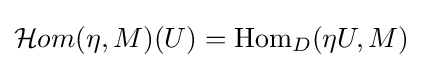
{\mathcal {H}}om(\eta ,M)(U)=\operatorname {Hom} _{D}(\eta U,M)